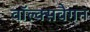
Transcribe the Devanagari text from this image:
वॉल्क्सवैगन